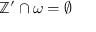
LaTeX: \mathbb { Z } ^ { \prime } \cap \omega = \emptyset